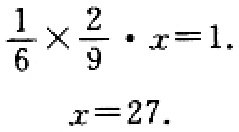
\(\frac{1}{6}\times\frac{2}{9}\cdot x = 1.\)

\(x = 27.\)